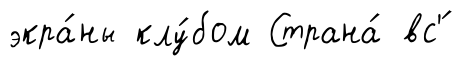
экра́ны клу́бом Страна́ вс'́